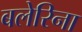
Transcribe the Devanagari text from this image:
बलेरिना